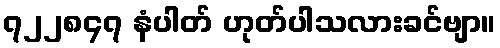
၇၂၂၈၄၇ နံပါတ် ဟုတ်ပါသလားခင်ဗျာ။